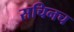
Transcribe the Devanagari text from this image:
सचिनच